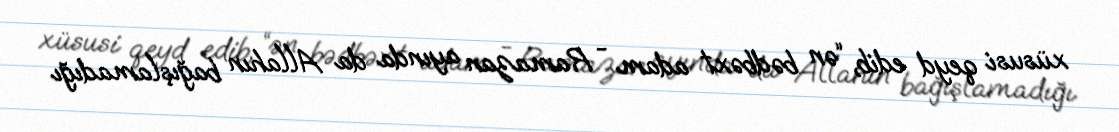
xüsusi qeyd edib, “ən bədbəxt adam - Ramazan ayında da Allahın bağışlamadığı